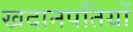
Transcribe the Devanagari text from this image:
खदानपतियों